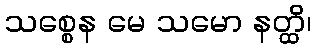
သစ္စေန မေ သမော နတ္ထိ၊